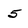
Character: 5